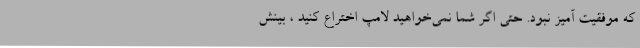
که موفقیت آمیز نبود. حتی اگر شما نمی‌خواهید لامپ اختراع کنید ، بینش